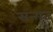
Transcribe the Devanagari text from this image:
सन्गत